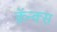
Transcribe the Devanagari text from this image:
क्रॅन्क्स